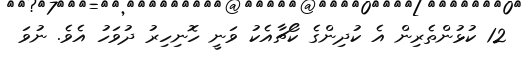
12 ކުޅުންތެރިން އެ ކުދިންގެ ކޯޗާއެކު ވަނީ ހޮނިހިރު ދުވަހު އެވެ. ނުވަ